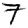
Digit: 7